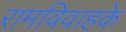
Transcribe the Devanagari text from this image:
रामविवाहके